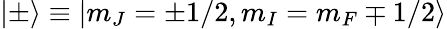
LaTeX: |\pm\rangle\equiv|m_{J}=\pm 1/2,m_{I}=m_{F}\mp 1/2\rangle